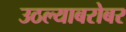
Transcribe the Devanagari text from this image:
उठल्याबरोबर